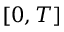
[ 0 , T ]